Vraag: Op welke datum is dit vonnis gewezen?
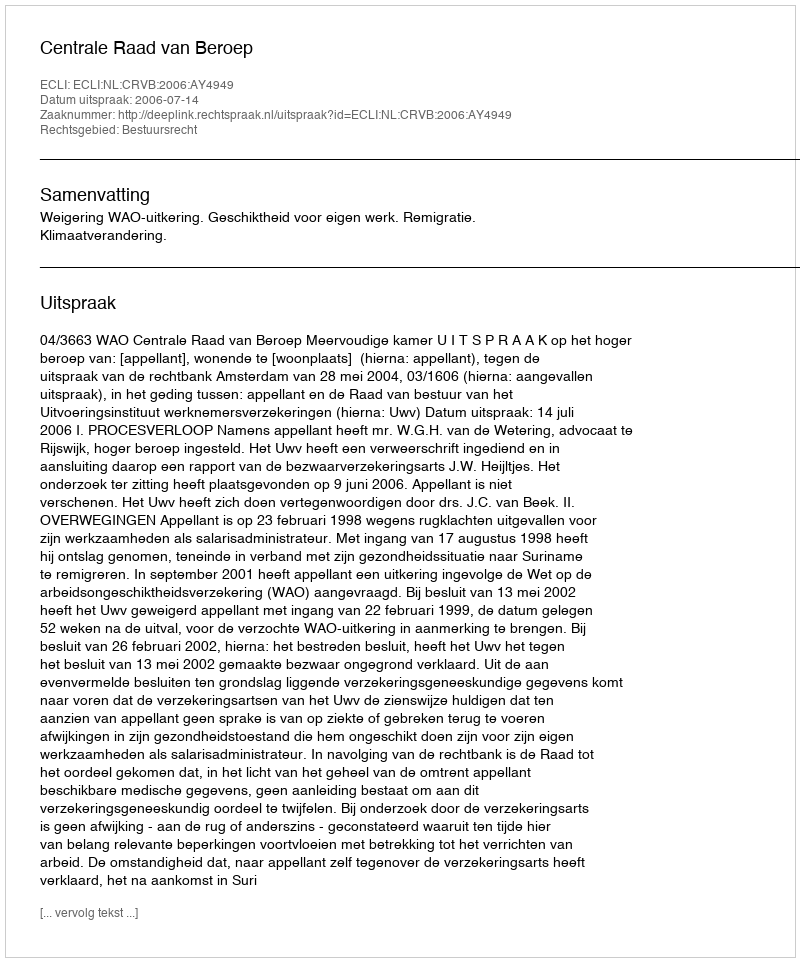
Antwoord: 2006-07-14